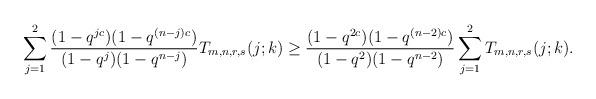
LaTeX: \begin{align*} \sum^{2}_{j=1}\frac {(1-q^{jc})(1-q^{(n-j)c})}{(1-q^j)(1-q^{n-j})}T_{m,n,r,s}(j;k) \geq \frac {(1-q^{2c})(1-q^{(n-2)c})}{(1-q^2)(1-q^{n-2})}\sum^{2}_{j=1}T_{m,n,r,s}(j;k).\end{align*}